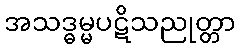
အသဒ္ဓမ္မပဋိသညုတ္တာ